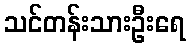
သင်တန်းသားဦးရေ